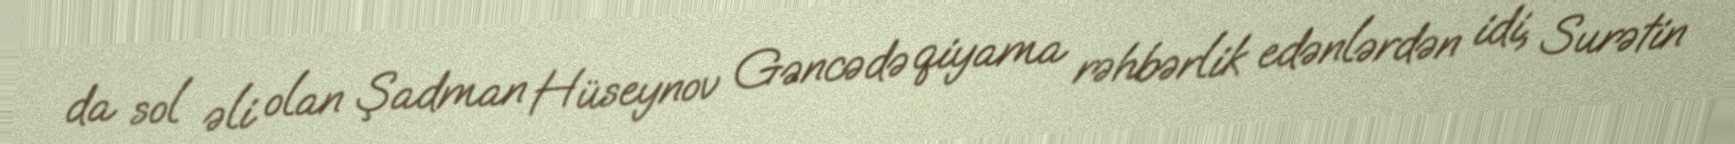
da sol əli olan Şadman Hüseynov Gəncədə qiyama rəhbərlik edənlərdən idi, Surətin